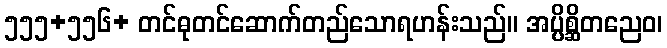
၅၅၅+၅၅၆+ တင်ဓုတင်ဆောက်တည်သောရဟန်းသည်။ အပ္ပိစ္ဆိတညေဝ၊